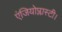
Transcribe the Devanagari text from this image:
एंजियोप्लास्टी।